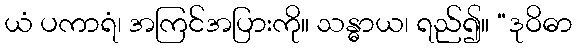
ယံ ပကာရံ၊ အကြင်အပြားကို။ သန္ဓာယ၊ ရည်၍။ “ဒုဝိဓာ